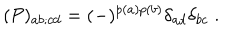
( { \cal P } ) _ { a b ; c d } = ( - ) ^ { p ( a ) p ( b ) } \delta _ { a d } \delta _ { b c } \; .